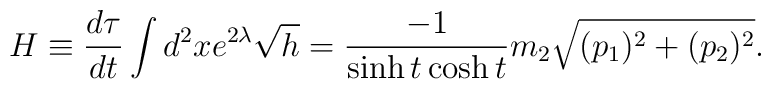
H\equiv \frac{d\tau}{dt}\int d^{2}x e^{2\lambda}\sqrt{h}        =\frac{-1}{\sinh t\cosh t}m_{2}\sqrt{(p_{1})^{2}+(p_{2})^{2}}.